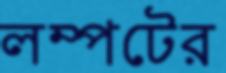
লম্পটের